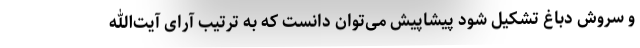
و سروش دباغ تشکیل شود پیشاپیش می‌توان دانست که به ترتیب آرای آیت‌الله